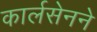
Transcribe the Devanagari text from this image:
कार्लसेनने